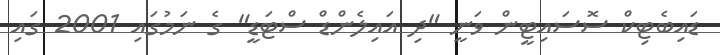
ޑައިބެޓިކް ސޮސައިޓީން ވަނީ "ދި އައިލެންޑް ސްޓަޑީ" ގެ ނަމުގައި 2001 ގައި